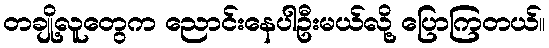
တချို့လူတွေက ညောင်းနေပါဦးမယ်လို့ ပြောကြတယ်။